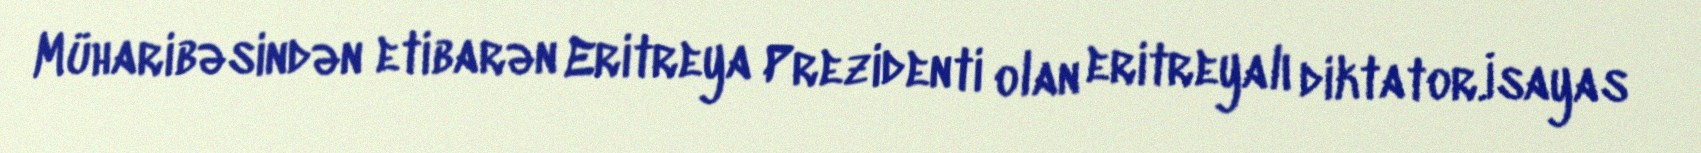
Müharibəsindən etibarən Eritreya Prezidenti olan eritreyalı diktator.İsayas